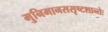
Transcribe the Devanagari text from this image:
मुनिमानससृष्टशान्तेः